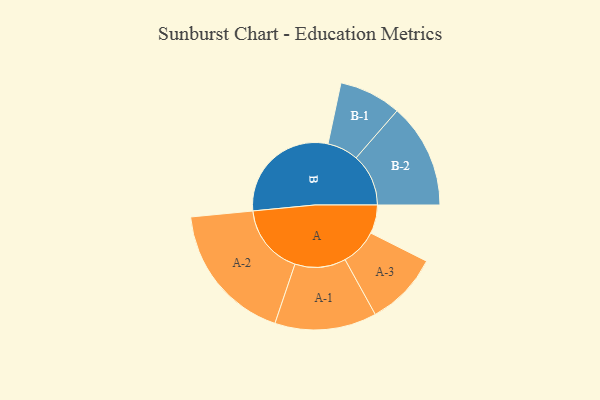
{"axis": {"x": "Segment", "y": "Value"}, "legend": ["", "A", "B"], "data": [{"x": "A", "y": 114, "type": ""}, {"x": "B", "y": 459, "type": ""}, {"x": "A-1", "y": 203, "type": "A"}, {"x": "A-2", "y": 281, "type": "A"}, {"x": "A-3", "y": 147, "type": "A"}, {"x": "B-1", "y": 124, "type": "B"}, {"x": "B-2", "y": 209, "type": "B"}]}